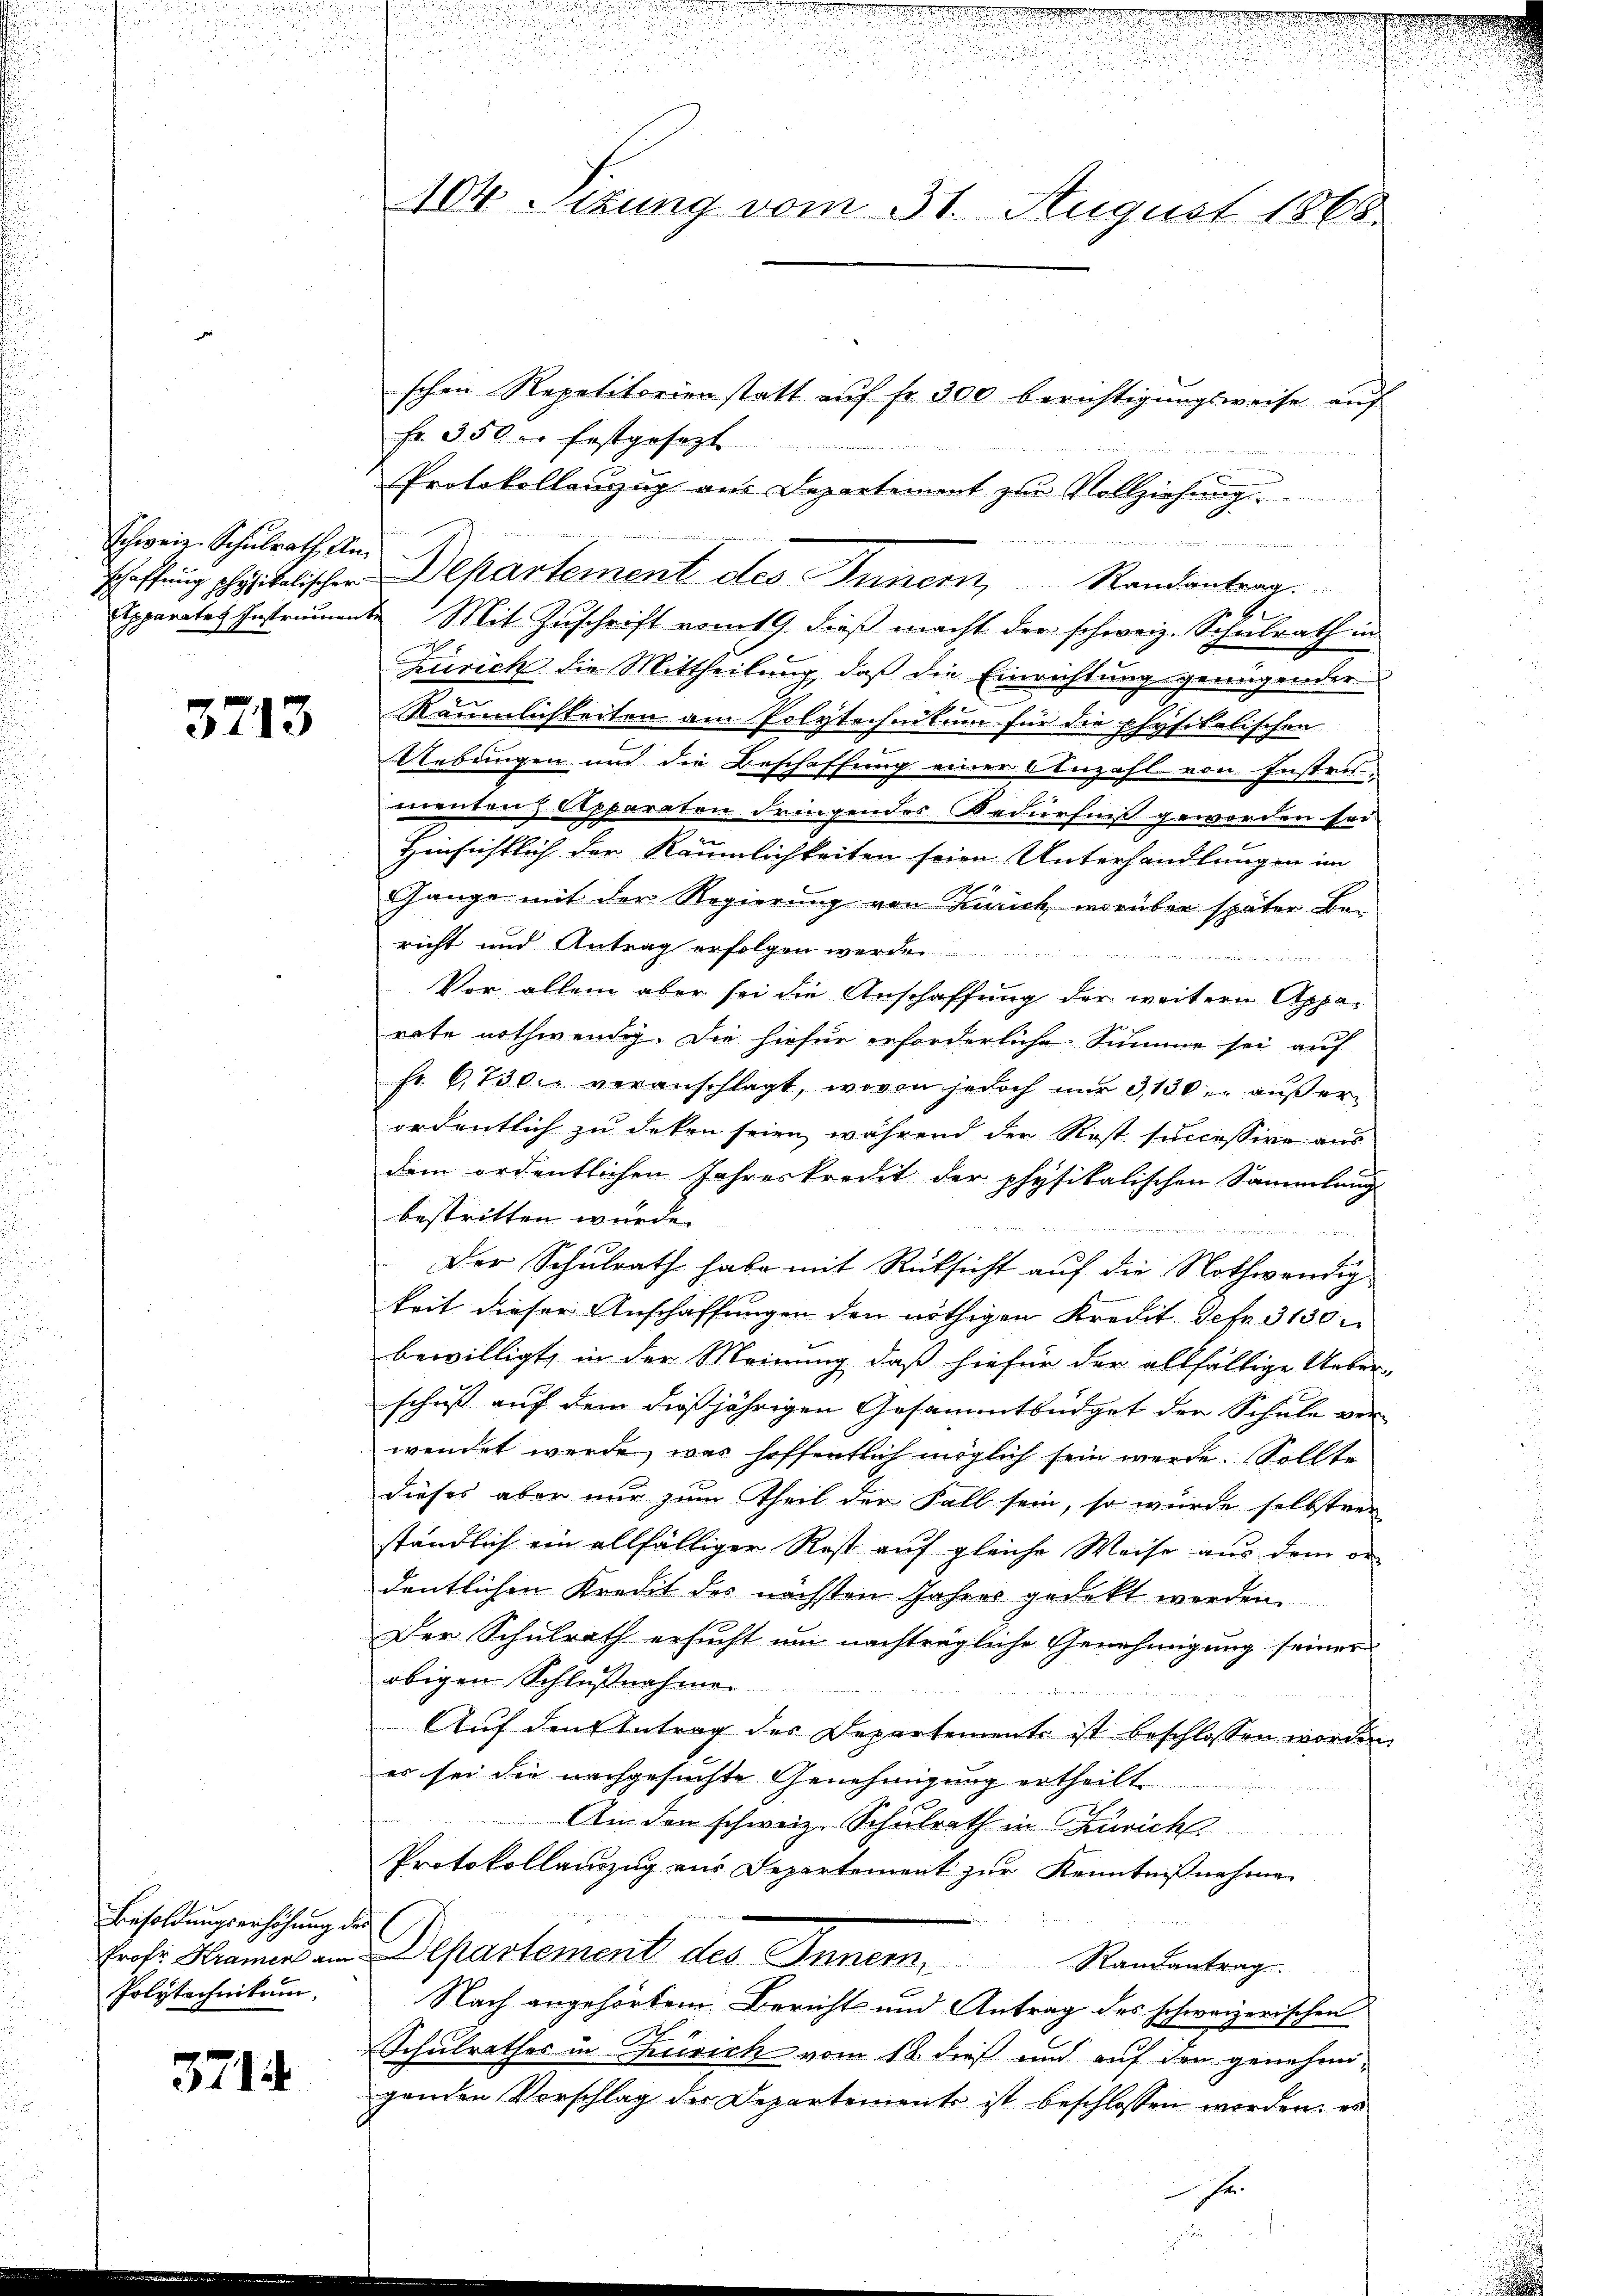
Schweiz. Schulrath Am
Apparates Instrumen

3713

Besoldungserhöhung de
Polytechnikum

3714

104 Sizung vom 31. August 1865.

schen Repetitorien statt auf fr. 300 berichtigungsweise auf
Fr. 350 er festgesezt

Protokollenzug aus Departement zur Vollziehung
d
 25
schaffung physikalischer Departement des Innern, Randantrag.
de Mit Zuschrift vom 19. dieß macht der schweiz. Schulrath in
Zürich die Mittheilung, daß die Einrichtung genügender
Räumlichkeiten am Polytechnitum für die physikalischen
Uebungen und die Beschaffung einer Anzahl von Instru-
menten Apparaten dringendes Bedürfniß geworden sei
Hinsichtlich der Räumlichkeiten seier Unterhandlungen im
Gange mit der Regierung von Zürich, worüber später Be-
richt und Antrag erfolgen werden
niten wir
Vor allem aber sei die Anschaffung der weitern Apparate nothwendig. Die hiefür erforderliche Summe sei auf
fr. 6, 730. veranschlagt, wovon jedoch nur 3,130, außerordentlich zu deken seien, während der Rost successive aus
dem ordentlichen Jahreskredit der physikalischen Sammlung
bestritten wurde.
Der Schulrath habe mit Rücksicht auf die Nothwendig
keit dieser Anschaffungen den nöthigen Kredit defr. 3130
bewilligt, in der Meinung, daß hiefür der allfältige Ueber-
schuß auf dem dießjährigen Gesammtbüdget der Schule ver-
wendet werde, was hoffentlich möglich sein werde. Sollte
dieses aber nur zum Theil der Fall sein, so wurde selbstver
ständlich ein allfälliger Rest auf gleiche Weise aus dem de
dentlichen Kredit des nächsten Jahres gedekt werden.
Der Schulrath ersucht um nachträgliche Genehmigung seiner
obigen Schlußnahme
Auf den Antrag des Departements ist beschlossen worden
es sei die nachgesuchte Genehmigung ertheilt. |
An den schweiz. Schulrath in Zürich
Protokollauszug aus Departement zur Kenntnißnahme

a
Prose Kramer am Departement des Inner, Randantrag.
Nach angehörtem Bericht und Antrag des schweizerischen
Schulrathes in Zürich vom 18. dieß und auf den genehmi-
genden Vorschlag der Departements ist beschlossen worden, es
e